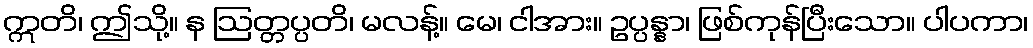
ဣတိ၊ ဤသို့။ န ဩတ္တပ္ပတိ၊ မလန့်။ မေ၊ ငါအား။ ဥပ္ပန္နာ၊ ဖြစ်ကုန်ပြီးသော။ ပါပကာ၊